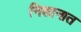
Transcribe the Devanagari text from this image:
निशानात